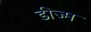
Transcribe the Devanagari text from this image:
डीज्म